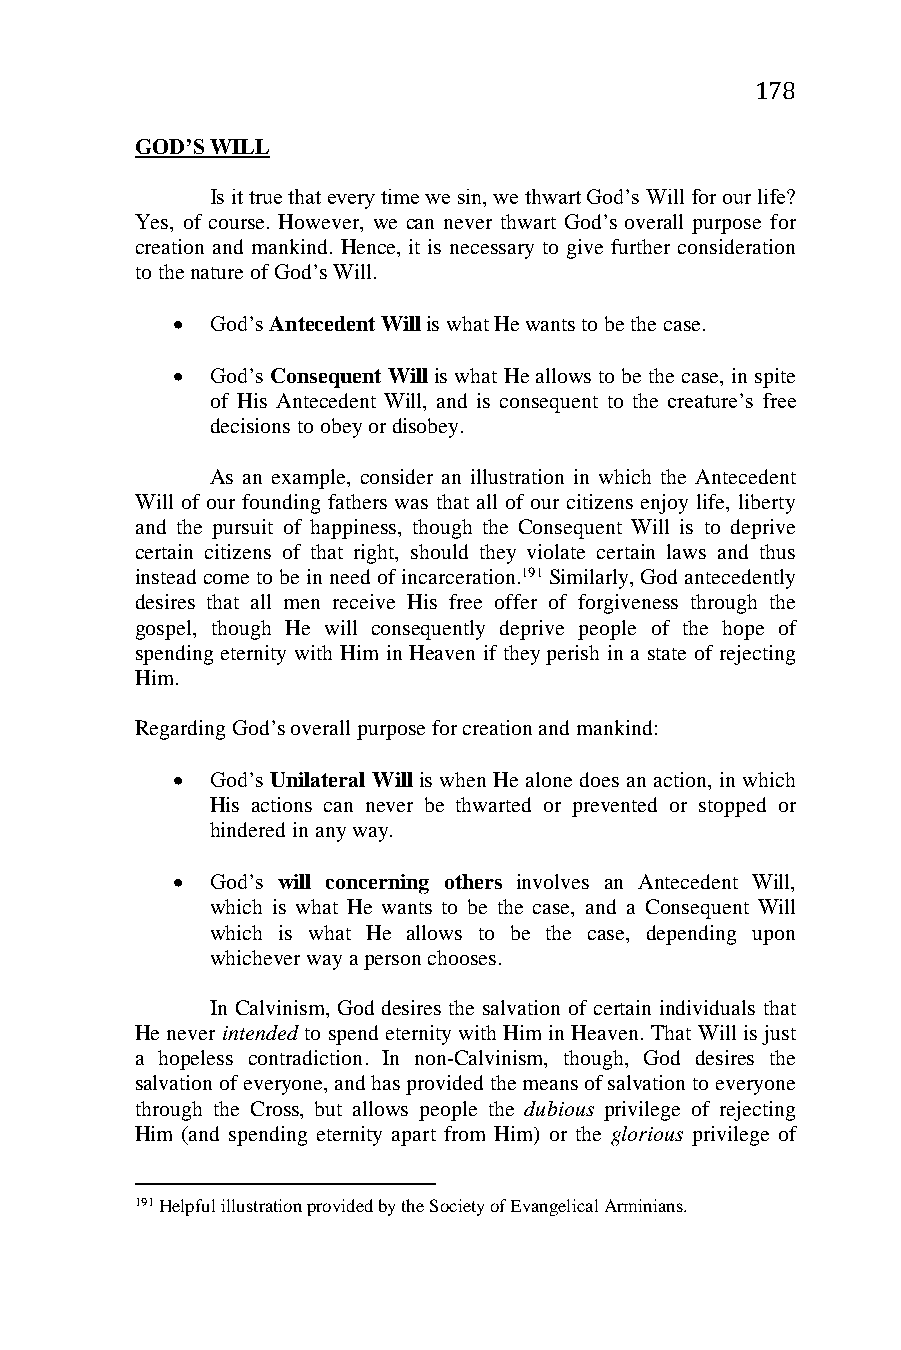
178
 GOD’S WILL
 Is it true that every time we sin, we thwart God’s Will for our life?
 Yes, of course. However, we can never thwart God’s overall purpose for
 creation and mankind. Hence, it is necessary to give further consideration
 to the nature of God’s Will.
   God’s Antecedent Will is what He wants to be the case.
   God’s Consequent Will is what He allows to be the case, in spite
 of His Antecedent Will, and is consequent to the creature’s free
 decisions to obey or disobey.
 As an example, consider an illustration in which the Antecedent
 Will of our founding fathers was that all of our citizens enjoy life, liberty
 and the pursuit of happiness, though the Consequent Will is to deprive
 certain citizens of that right, should they violate certain laws and thus
 instead come to be in need of incarceration.191 Similarly, God antecedently
 desires that all men receive His free offer of forgiveness through the
 gospel, though He will consequently deprive people of the hope of
 spending eternity with Him in Heaven if they perish in a state of rejecting
 Him.
 Regarding God’s overall purpose for creation and mankind:
   God’s Unilateral Will is when He alone does an action, in which
 His actions can never be thwarted or prevented or stopped or
 hindered in any way.
   God’s will concerning others involves an Antecedent Will,
 which is what He wants to be the case, and a Consequent Will
 which is what He allows to be the case, depending upon
 whichever way a person chooses.
 In Calvinism, God desires the salvation of certain individuals that
 He never intended to spend eternity with Him in Heaven. That Will is just
 a hopeless contradiction. In non-Calvinism, though, God desires the
 salvation of everyone, and has provided the means of salvation to everyone
 through the Cross, but allows people the dubious privilege of rejecting
 Him (and spending eternity apart from Him) or the glorious privilege of
 191 Helpful illustration provided by the Society of Evangelical Arminians.